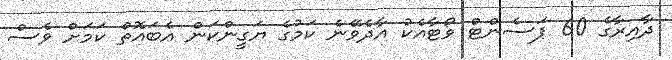
ދާއިރާގެ 60 ޕަސެންޓް ވޯޓާއެކު އާދެވޭނެ ކަމުގެ ޔަގީންކަން އެބައޮތް ކަމަށް ވެސް